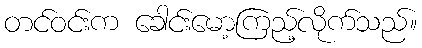
တင်ဝင်းက ခေါင်းမော့ကြည့်လိုက်သည်။